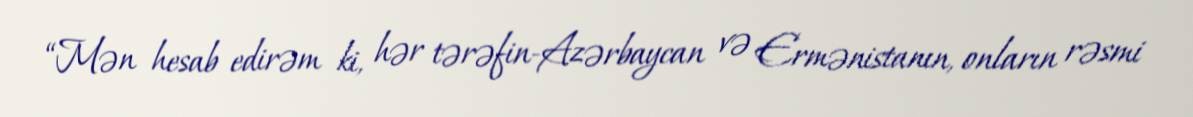
“Mən hesab edirəm ki, hər tərəfin-Azərbaycan və Ermənistanın, onların rəsmi